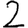
Digit: 2